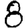
Digit: 8